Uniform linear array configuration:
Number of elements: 24
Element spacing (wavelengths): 0.25
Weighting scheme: kaiser
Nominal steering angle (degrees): -45
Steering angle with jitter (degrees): -44.233
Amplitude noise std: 0.05
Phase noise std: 0.05

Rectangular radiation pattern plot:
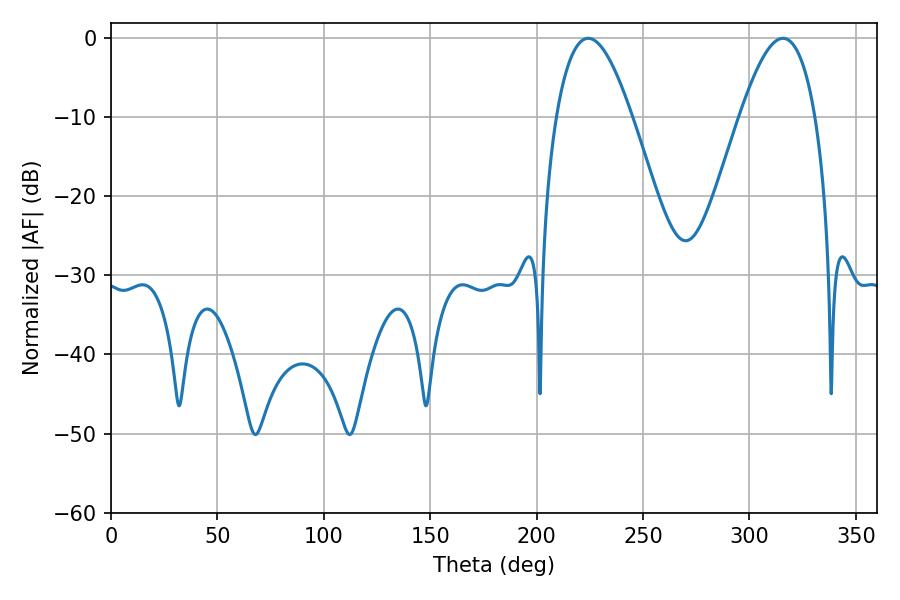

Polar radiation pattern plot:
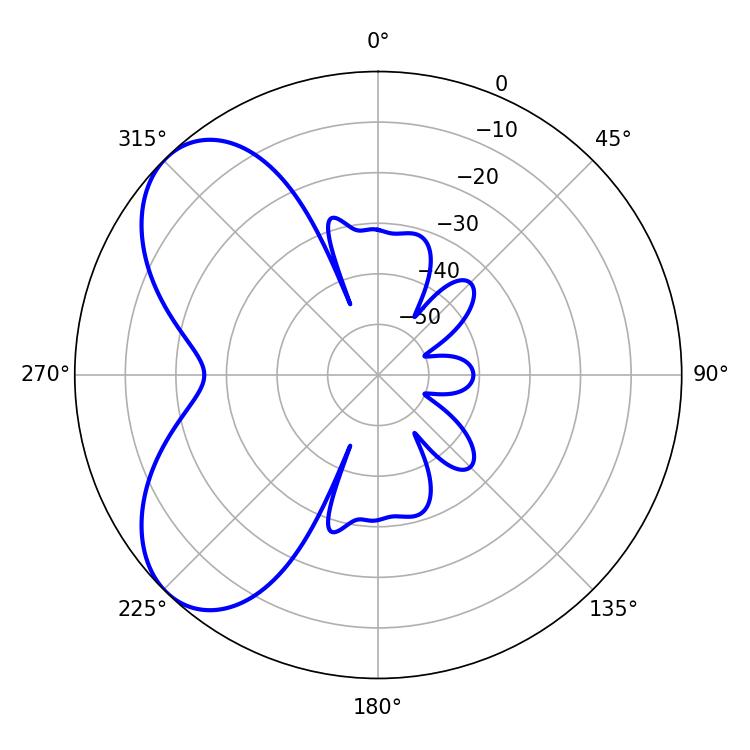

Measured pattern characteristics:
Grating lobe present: FALSE
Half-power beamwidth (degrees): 19.26
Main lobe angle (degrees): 224.28